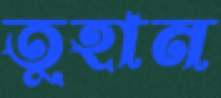
তুহান